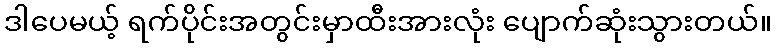
ဒါပေမယ့် ရက်ပိုင်းအတွင်းမှာထီးအားလုံး ပျောက်ဆုံးသွားတယ်။